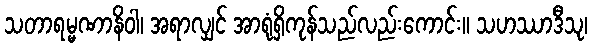
သတာရမ္မဏာနိဝါ၊ အရာလျှင် အာရုံရှိကုန်သည်လည်းကောင်း။ သဟဿာဒီသု၊